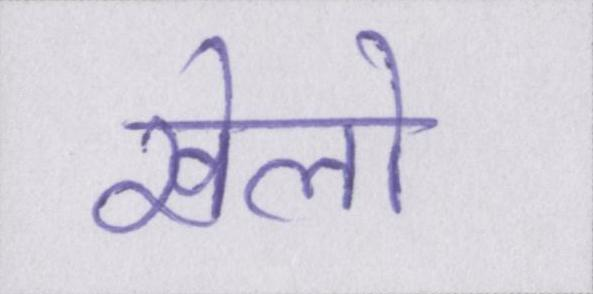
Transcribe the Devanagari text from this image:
खेलो